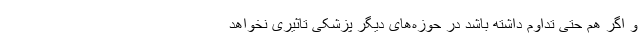
و اگر هم حتی تداوم داشته باشد در حوزه‌های دیگر پزشکی تاثیری نخواهد